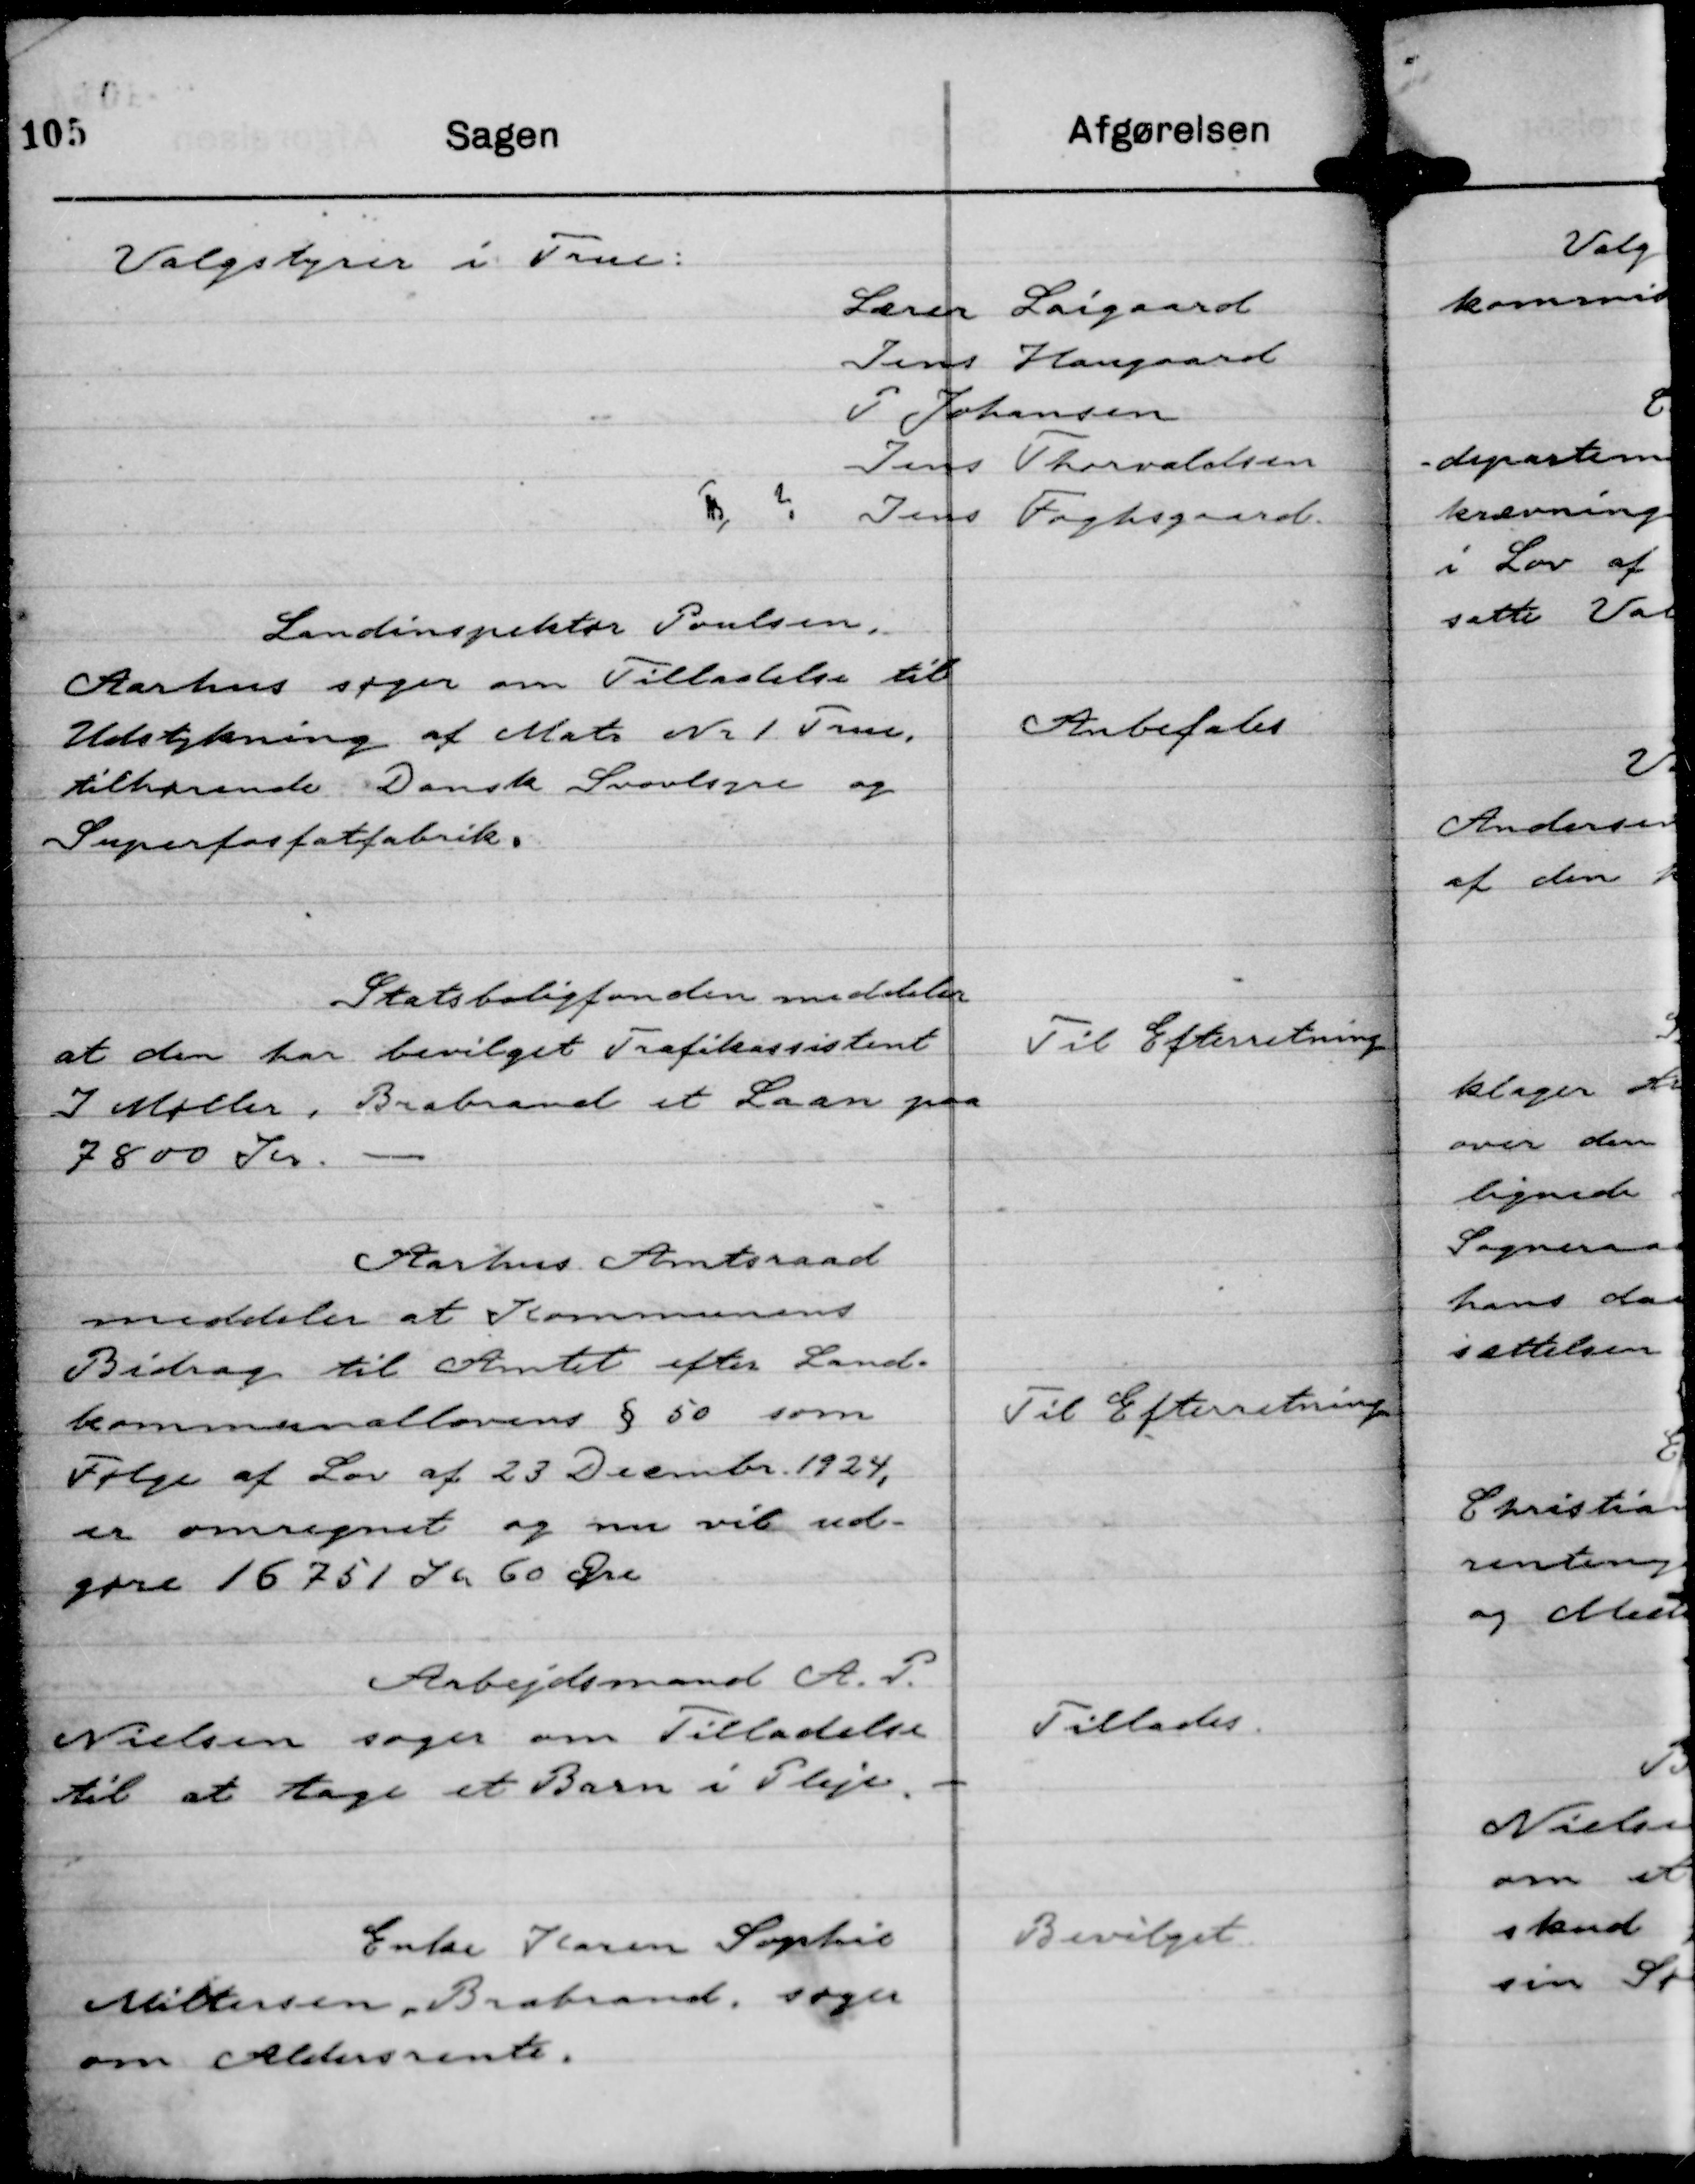
Transskription:
Valgstyrer i True:

Lærer Laigaard
Jens Haugaard
P Johansen
Jens Thorvaldsen
Jens Foghsgaard.

Landinspektør Poulsen,
Aarhus søger om Tilladelse til
Udstykning af Matr Nr 1 True,
tilhørende Dansk Svovlsyre og
Superfosfatfabrik.

Anbefales

Statsboligfonden meddeler
at den har bevilget Trafikassistent
J Møller, Brabrand et Laan paa
7800 Kr.

Til Efterretning

Aarhus Amtsraad
meddeler at Kommunens
Bidrag til Amtet efter Land-
kommunallovens § 50 som
Følge af Lov af 23 Decmbr. 1924,
er omregnet og nu vil ud-
gøre 16751 Kr 60 Øre

Til Efterretning

Arbejdsmand A. P.
Nielsen søger om Tilladelse
til at tage et Barn i Pleje.

Tillades.

Enke Karen Sophie
Miltersen, Brabrand, søger
om Aldersrente.

Bevilget.